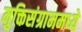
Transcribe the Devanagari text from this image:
मुक्तिसंग्राममध्ये